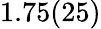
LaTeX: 1.75(25)